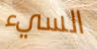
السيء